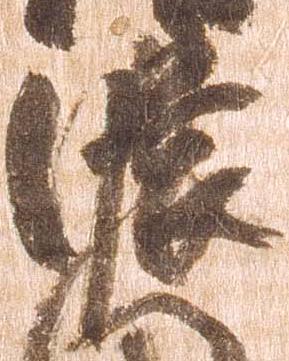
濃